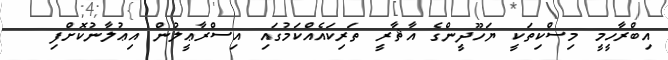
އިބްރާހީމީ މިސްކިތަކީ ޔަހޫދީންގެ އާޘާރީ ތަރިކައެއްކަމުގައި އިސްރާޢީލުން އިޢުލާނުކޮށްފި